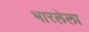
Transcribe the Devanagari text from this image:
भारलेला